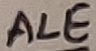
Text: ALE